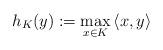
LaTeX: \begin{align*}h_K(y):=\max_{x\in K}\,\langle x,y \rangle\end{align*}